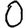
Digit: 0